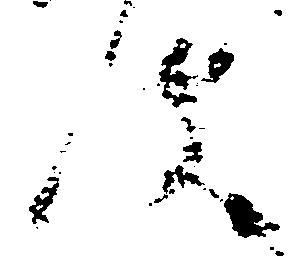
件